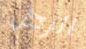
الرجل